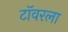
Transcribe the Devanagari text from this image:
टॉवरला